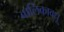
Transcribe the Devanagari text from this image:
बालिकावधू